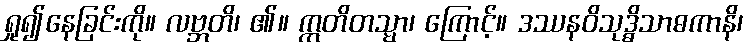
ရှု၍နေခြင်းကို။ လဗ္ဘတိ၊ ၏။ ဣတိတသ္မာ၊ ကြောင့်။ ဒဿနဝိသုဒ္ဓိသာဓကာနိ၊